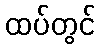
ထပ်တွင်